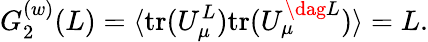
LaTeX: G_{2}^{(w)}(L)=\langle\mathrm{tr}(U_{\mu}^{L})\mathrm{tr}(U_{\mu}^{\dag L})\rangle=L.